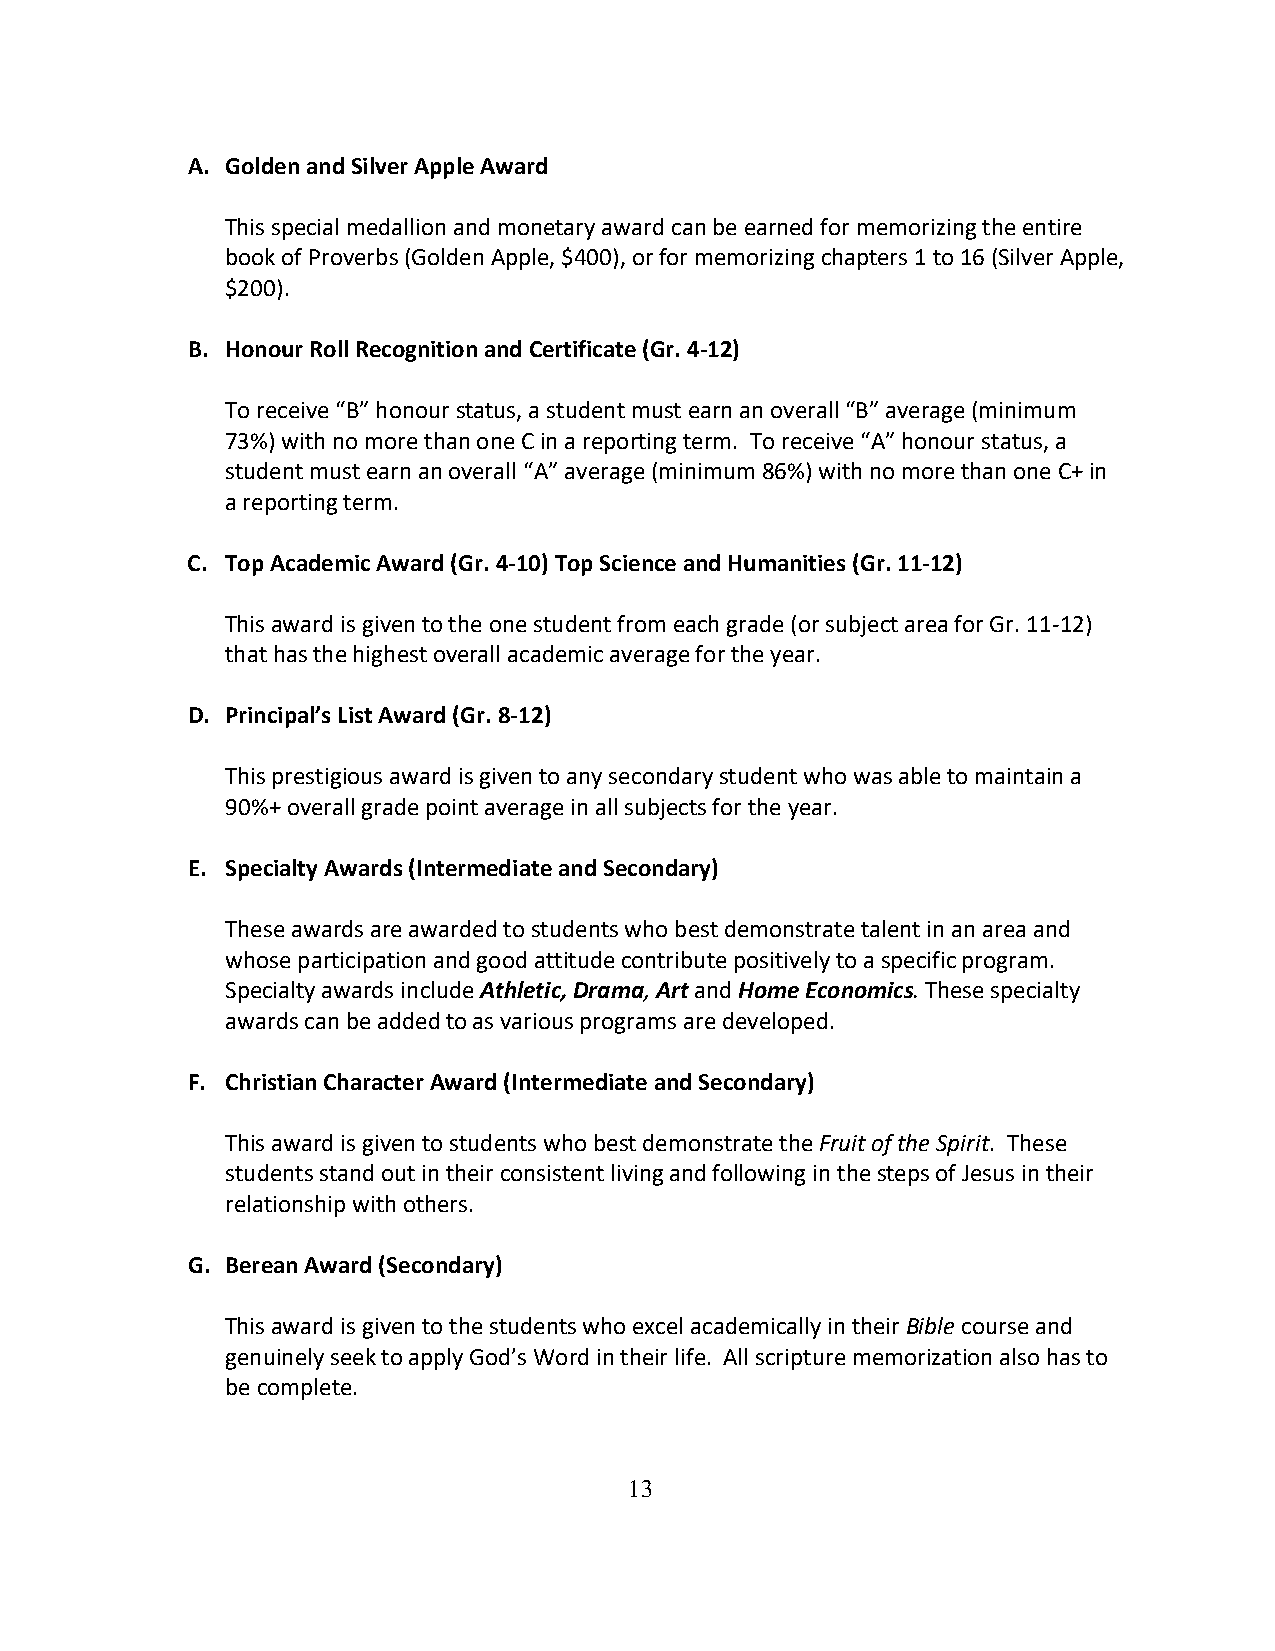
A. Golden and Silver Apple Award
 This special medallion and monetary award can be earned for memorizing the entire
 book of Proverbs (Golden Apple, $400), or for memorizing chapters 1 to 16 (Silver Apple,
 $200).
 B. Honour Roll Recognition and Certificate (Gr. 4-12)
 To receive “B” honour status, a student must earn an overall “B” average (minimum
 73%) with no more than one C in a reporting term. To receive “A” honour status, a
 student must earn an overall “A” average (minimum 86%) with no more than one C+ in
 a reporting term.
 C. Top Academic Award (Gr. 4-10) Top Science and Humanities (Gr. 11-12)
 This award is given to the one student from each grade (or subject area for Gr. 11-12)
 that has the highest overall academic average for the year.
 D. Principal’s List Award (Gr. 8-12)
 This prestigious award is given to any secondary student who was able to maintain a
 90%+ overall grade point average in all subjects for the year.
 E. Specialty Awards (Intermediate and Secondary)
 These awards are awarded to students who best demonstrate talent in an area and
 whose participation and good attitude contribute positively to a specific program.
 Specialty awards include Athletic, Drama, Art and Home Economics. These specialty
 awards can be added to as various programs are developed.
 F. Christian Character Award (Intermediate and Secondary)
 This award is given to students who best demonstrate the Fruit of the Spirit. These
 students stand out in their consistent living and following in the steps of Jesus in their
 relationship with others.
 G. Berean Award (Secondary)
 This award is given to the students who excel academically in their Bible course and
 genuinely seek to apply God’s Word in their life. All scripture memorization also has to
 be complete.
 13